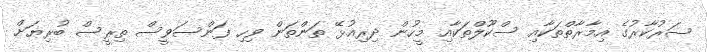
ސަރުކާރުގެ އިމާރާތްތަކާއި ސްކޫލްތަކާއި މީހުން ދިރިއުޅޭ ތަންތަން ވިހި ފަންސަވީސް ތިރީސް ބުރިޔަށް